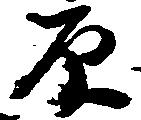
原